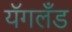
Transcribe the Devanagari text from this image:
यॅगलँड